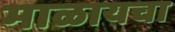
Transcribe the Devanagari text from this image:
माळायचा